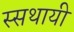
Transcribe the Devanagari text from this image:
स्सथायी